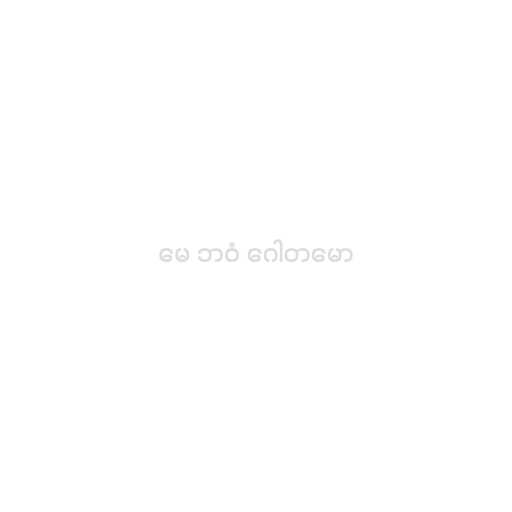
မေ ဘဝံ ဂေါတမော